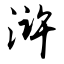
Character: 浒